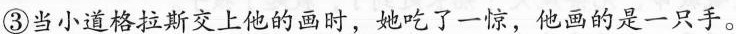
③当小道格拉斯交上他的画时，她吃了一惊，他画的是一只手。